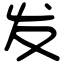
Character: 发